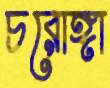
চরোঙ্গা